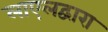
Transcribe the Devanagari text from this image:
लाएलद्वारा